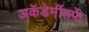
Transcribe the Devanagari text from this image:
अकॅडेमींतर्फे